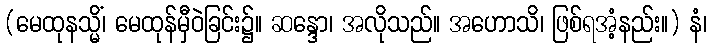
(မေထုနသ္မိံ၊ မေထုန်မှီဝဲခြင်း၌။ ဆန္ဒော၊ အလိုသည်။ အဟောသိ၊ ဖြစ်ရအံ့နည်း။) နံ၊